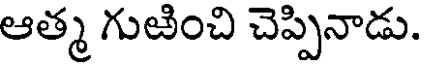
ఆత్మ గుఱించి చెప్పినాడు.